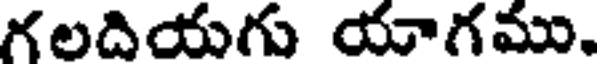
గలదియగు యాగము.